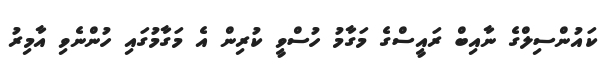
ކައުންސިލްގެ ނާއިބް ރައީސްގެ މަގާމު ހުސްވީ ކުރިން އެ މަގާމުގައި ހުންނެވި އާމިރު